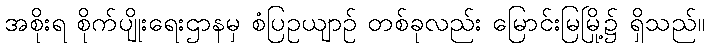
အစိုးရ စိုက်ပျိုးရေးဌာနမှ စံပြဥယျာဉ် တစ်ခုလည်း မြောင်းမြမြို့၌ ရှိသည်။